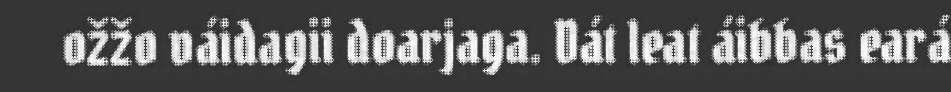
ožžo váidagii doarjaga. Dát leat áibbas eará